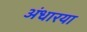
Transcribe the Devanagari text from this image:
अंधारया